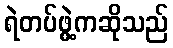
ရဲတပ်ဖွဲ့ကဆိုသည်